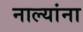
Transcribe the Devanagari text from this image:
नाल्यांना